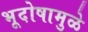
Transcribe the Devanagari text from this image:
भूदोषामुळे